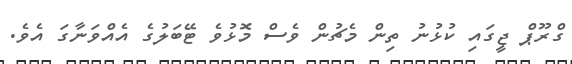
ގްރޫޕް ޖީގައި ކުޅުނު ތިން މެޗުން ވެސް މޮޅުވެ ޓޭބަލުގެ އެއްވަނާގަ އެވެ.